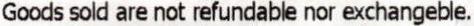
GOODS SOLD ARE NOT REFUNDABLE NOR EXCHANGEBLE.